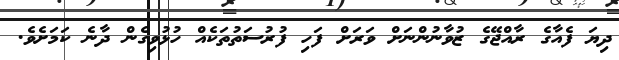
ދިޔަ ފެއާގެ ރާއްޖޭގެ ޒުވާނުންނަށް ވަރަށް ފަހި ފުރުސަތުތަކެއް ހުޅުވިގެން ދާނެ ކަމަށެވެ.